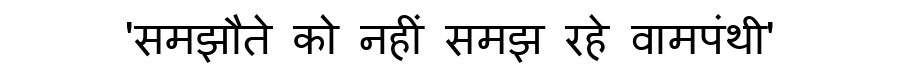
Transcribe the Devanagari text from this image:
'समझौते को नहीं समझ रहे वामपंथी'